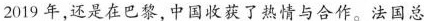
2019年，还是在巴黎，中国收获了热情与合作。法国总